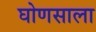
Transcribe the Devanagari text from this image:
घोणसाला